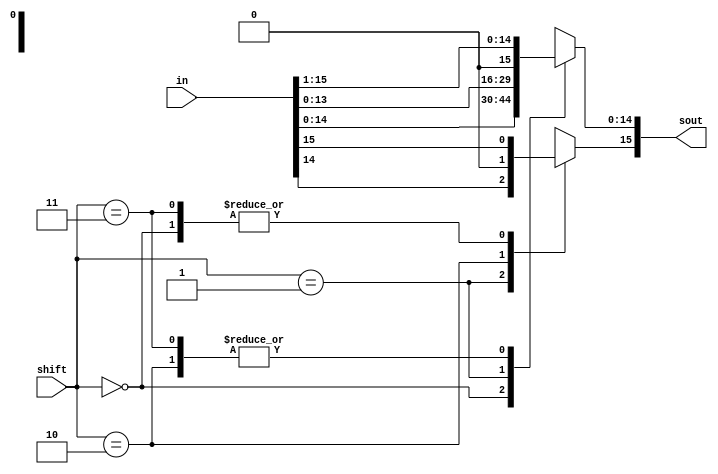
module shifter(in, shift, sout);
    // I/O declarations
    input [15:0] in;
    input [1:0] shift;
    output [15:0] sout;
    reg [15:0] sout;

    // Shifter opertions
    always @(*) begin
	case (shift)
	    2'b00 : sout = in;
	    2'b01 : sout = in << 1;
	    2'b10 : sout = in >> 1;
	    2'b11 : begin
			sout = in >> 1;
			sout[15] = in[15];
		    end
	    default : sout = {16{1'bx}};
	endcase
    end
endmodule